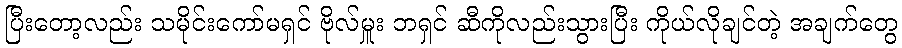
ပြီးတော့လည်း သမိုင်းကော်မရှင် ဗိုလ်မှူး ဘရှင် ဆီကိုလည်းသွားပြီး ကိုယ်လိုချင်တဲ့ အချက်တွေ